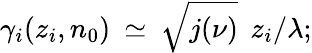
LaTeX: \gamma_{i}(z_{i},n_{0})\: \simeq\: \sqrt{j(\nu)}\: \: z_{i}/\lambda;